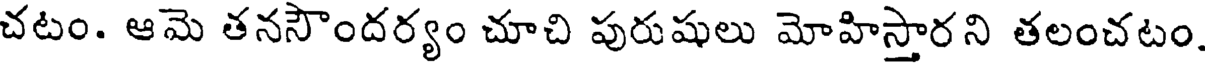
చటం. ఆమె తనసౌందర్యం చూచి పురుషులు మోహిస్తారని తలంచటం.